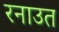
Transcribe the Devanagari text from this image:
रनाउत